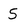
Character: 5